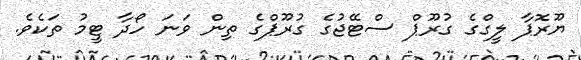
ޔޫރޮޕާ ލީގްގެ ގުރޫޕް ސްޓޭޖުގެ ގުރޫޕްގެ ތިން ވަނަ ހޯދާ ޓީމު ތަކެވެ.